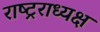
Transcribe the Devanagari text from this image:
राष्ट्रराध्यक्ष